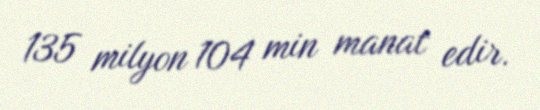
135 milyon 104 min manat edir.